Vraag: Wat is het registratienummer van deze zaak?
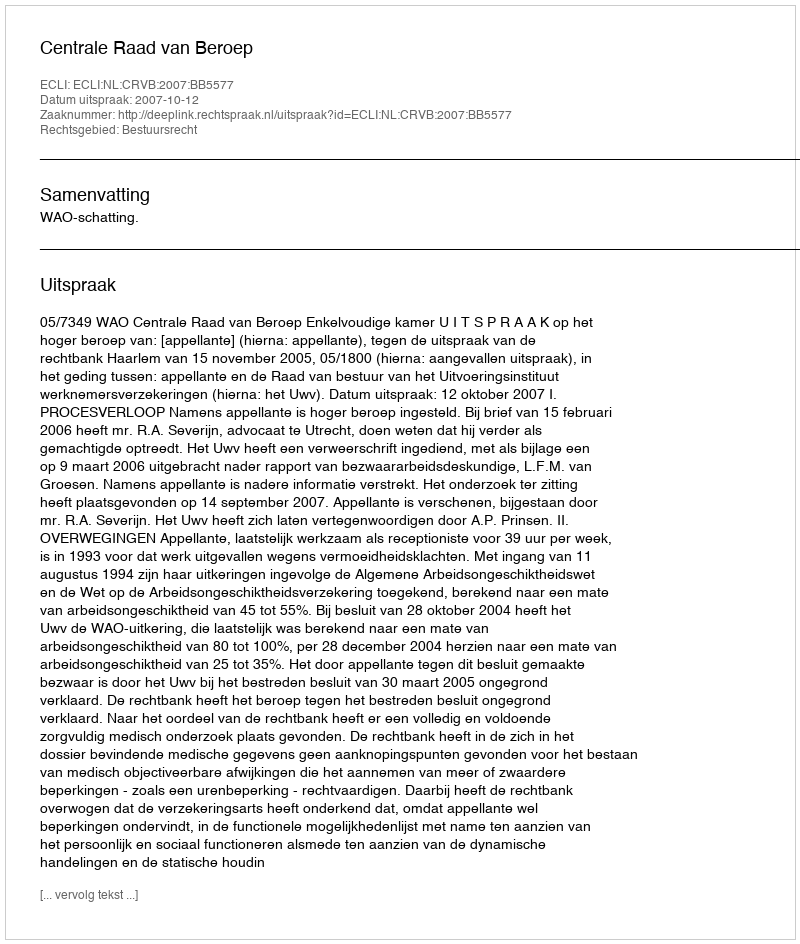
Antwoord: http://deeplink.rechtspraak.nl/uitspraak?id=ECLI:NL:CRVB:2007:BB5577